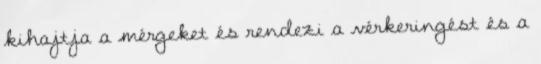
kihajtja a mérgeket és rendezi a vérkeringést és a